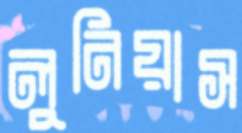
লুনিয়াস